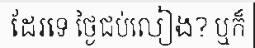
ដែរទេ ថ្ងៃជប់លៀង? ឬក៏